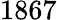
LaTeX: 1867